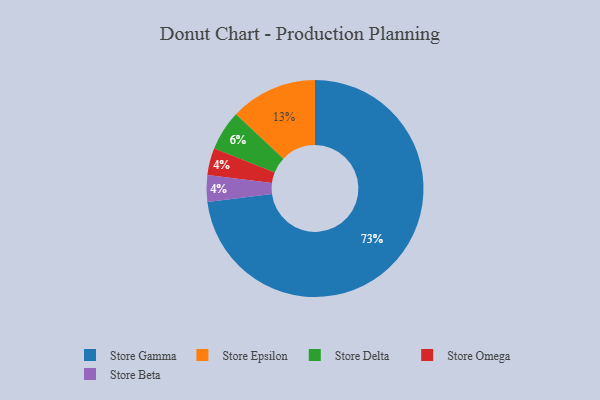
{"axis": {"x": "Category", "y": "Percentage"}, "legend": ["Store Beta", "Store Delta", "Store Epsilon", "Store Gamma", "Store Omega"], "data": [{"x": "Store Omega", "y": 4, "type": "Store Omega"}, {"x": "Store Epsilon", "y": 13, "type": "Store Epsilon"}, {"x": "Store Gamma", "y": 73, "type": "Store Gamma"}, {"x": "Store Beta", "y": 4, "type": "Store Beta"}, {"x": "Store Delta", "y": 6, "type": "Store Delta"}]}